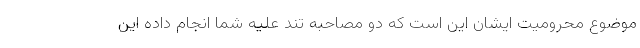
موضوع محرومیت ایشان این است که دو مصاحبه تند علیه شما انجام داده این